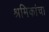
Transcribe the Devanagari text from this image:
श्रमिकांचा